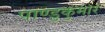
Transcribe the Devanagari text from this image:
पाण्डुकुमार